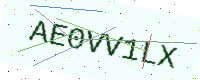
Text: AE0VV1LX